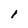
Character: I